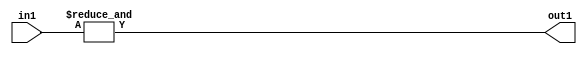
`timescale 1ps / 1ps
/*****************************************************************************
    Verilog RTL Description
    
    
    Created by: Stratus DpOpt 21.05.01 
*******************************************************************************/

module dut_Equal_1U_19_1_0 (
	in1,
	out1
	); /* architecture "behavioural" */ 
input [2:0] in1;
output  out1;
wire  asc001;

assign asc001 = 
	(&in1);

assign out1 = asc001;
endmodule

/* CADENCE  urTySw4= : u9/ySxbfrwZIxEzHVQQV8Q== ** DO NOT EDIT THIS LINE ******/